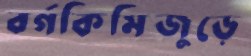
বর্গকিমিজুড়ে